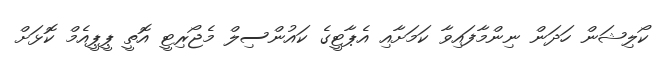
ކޯލިޝަން ހަދަން ނިންމާފައިވާ ކަމަށާއި އެޕާޓީގެ ކައުންސިލް މެޖޯރިޓީ އޮތީ ޕީޕީއެމް ކޮޅަށް